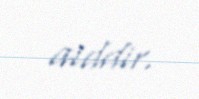
aiddir.